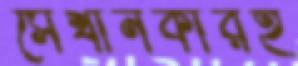
সেখানকারই